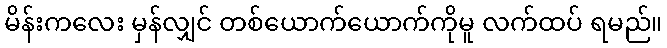
မိန်းကလေး မှန်လျှင် တစ်ယောက်ယောက်ကိုမူ လက်ထပ် ရမည်။